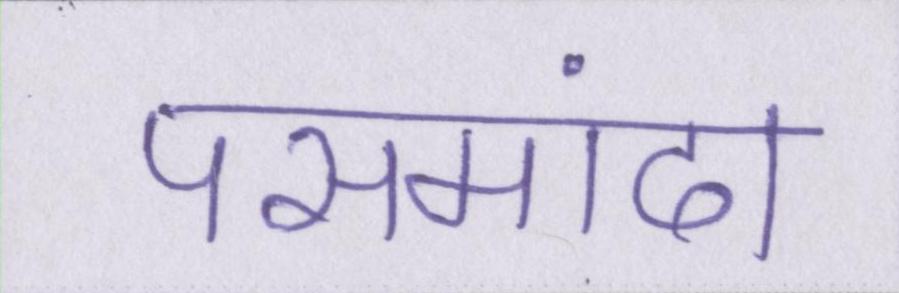
पसमांदा